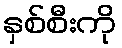
နှစ်စီးကို